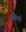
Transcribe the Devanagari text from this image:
मणिकों